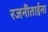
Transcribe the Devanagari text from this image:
रजनीताईना